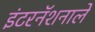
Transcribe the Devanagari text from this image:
इंटरनॅशनाले